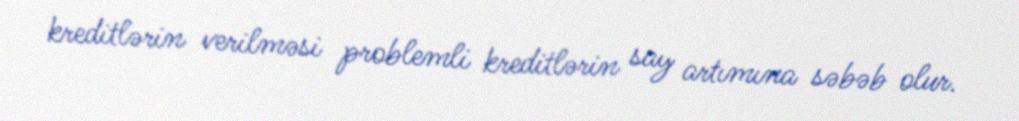
kreditlərin verilməsi problemli kreditlərin say artımına səbəb olur.